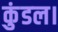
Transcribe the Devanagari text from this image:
कुंडल।